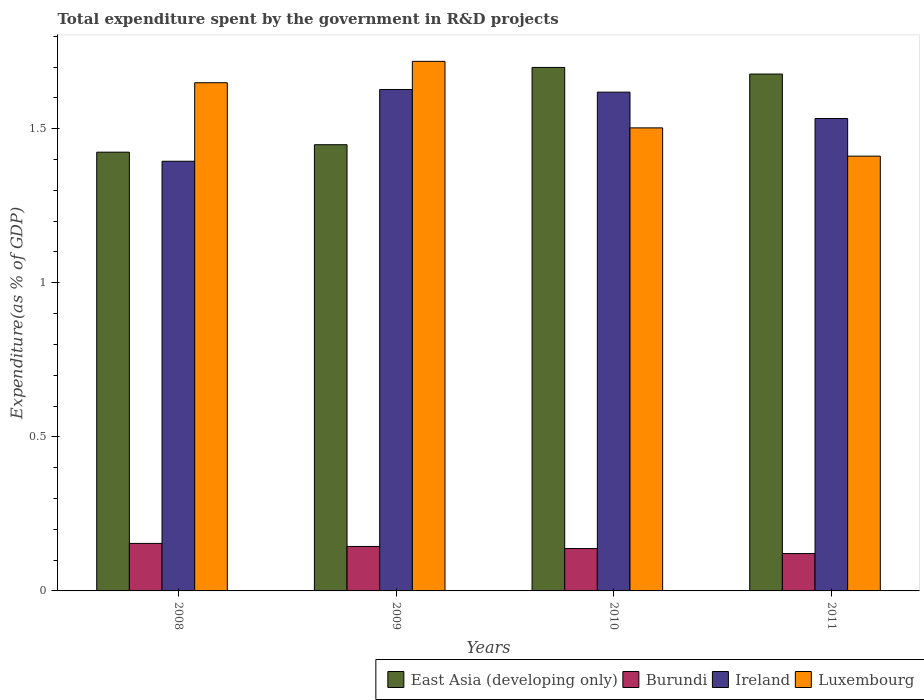
| Years | East Asia (developing only) | Burundi | Ireland | Luxembourg |
 | --- | --- | --- | --- | --- |
 | 2008 | 1.42 | 0.154 | 1.39 | 1.65 |
 | 2009 | 1.45 | 0.144 | 1.63 | 1.72 |
 | 2010 | 1.7 | 0.138 | 1.62 | 1.5 |
 | 2011 | 1.68 | 0.121 | 1.53 | 1.41 |